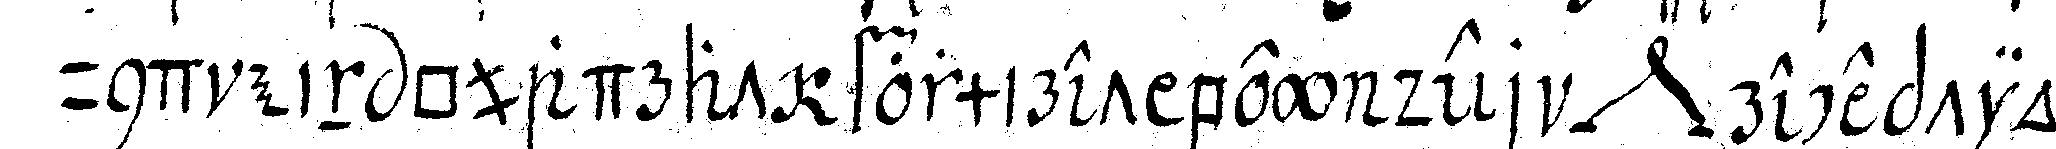
und ein quadrat formiret bey der *nee* reception